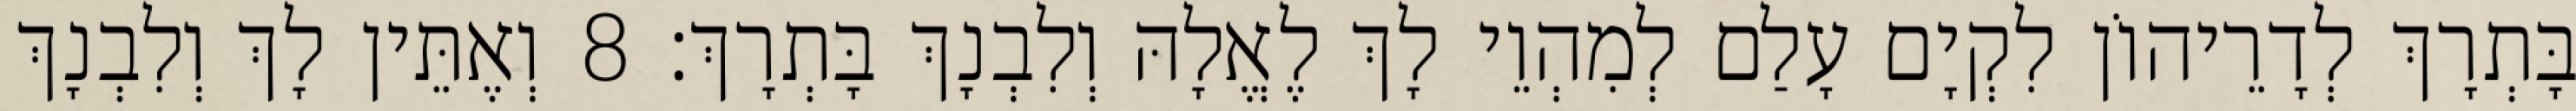
בָּתְרָךְ לְדָרֵיהוֹן לִקְיָם עָלַם לְמִהְוֵי לָךְ לֶאֱלָהּ וְלִבְנָךְ בָּתְרָךְ׃ 8 וְאֶתֵּין לָךְ וְלִבְנָךְ